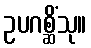
ဥပဂစ္ဆိံသု။